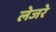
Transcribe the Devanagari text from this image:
लेजरे